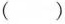
()